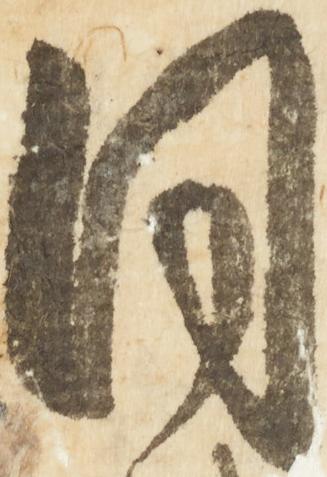
同